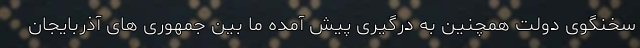
سخنگوی دولت همچنین به درگیری پیش آمده ما بین جمهوری های آذربایجان